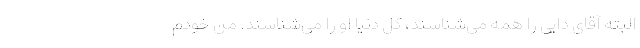
البته آقای دایی را همه می‌شناسند، کل دنیا او را می‌شناسند. من خودم